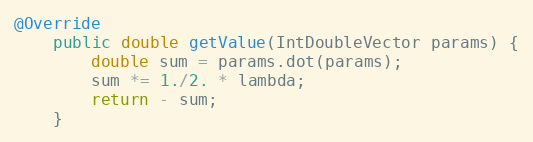
Language: Java
@Override
    public double getValue(IntDoubleVector params) {
        double sum = params.dot(params);
        sum *= 1./2. * lambda;
        return - sum;
    }